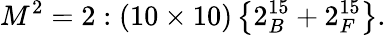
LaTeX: M^{2}=2:\left(10\times 10\right)\left\{ 2_{B}^{15}+2_{F}^{15}\right\} .